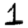
Digit: 1